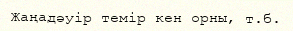
Жаңадәуір темір кен орны, т.б.